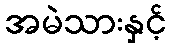
အမဲသားနှင့်